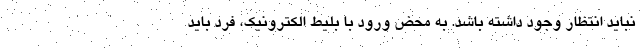
نباید انتظار وجود داشته باشد. به محض ورود با بلیط الکترونیک، فرد باید